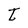
Character: t